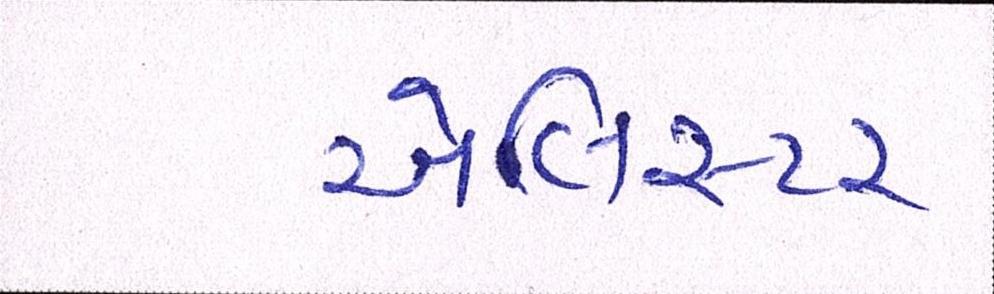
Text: એલિસ્ટર